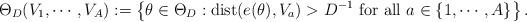
LaTeX: \begin{align*} \Theta_D(V_1, \cdots, V_A):=\big\{\theta\in \Theta_D:{\rm dist}(e(\theta), V_a) > D^{-1} \,\,{\rm for}\,\, {\rm all}\,\, a\in\{1, \cdots, A\} \big \}\,.\end{align*}